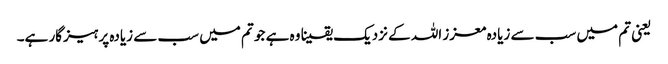
‌ یعنی تم میں سب سے زیادہ معزز اللہ کے نزدیک یقینا وہ ہے جو تم میں سب سے زیادہ پرہیزگار ہے۔